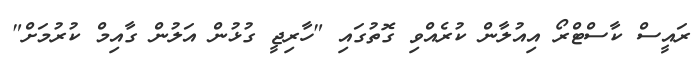
ރައީސް ކާސްޓްރޯ އިއުލާން ކުރެއްވި ގޮތުގައި "ހާރިޖީ ގުޅުން އަލުން ގާއިމް ކުރުމަށް"